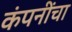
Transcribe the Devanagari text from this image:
कंपनींचा